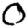
Digit: 0